Vaccination report Assam 1896-1927 - 1896-1927
Year: 1896
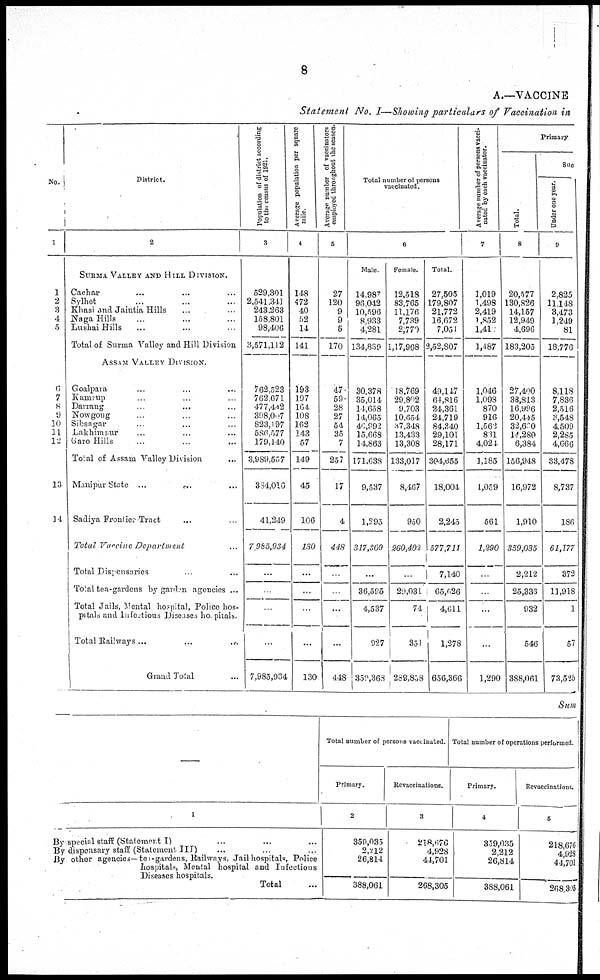
8
A.—VACCINE
Statement No. I—Showing particulars of Vaccination in
No.
1
1
2
3
4
5
6
7
8 9
10
11
12
13
14
District.
2
SURMA VALLEY AND HILL DIVISION.
Cachar ... ... ...
Sylhet ... ... ...
Khasi and Jaintia Hills ... ...
Naga Hills ... ... ...
Lushai Hills
... ... ...
Total of Surma Valley and Hill Division
ASSAM VALLEY DIVISION.
Goalpara ... ... ...
Kamrup ... ... ...
Darrang ... ... ...
Nowgong ... ... ...
Sibsagar ... ... ...
Lakhimpur ... ... ...
Garo Hills ... ... ...
Total of Assam Valley Division ...
Manipur State ...
... ...
Sadiya Frontier Tract
...
Total Vaccine Department
Total Dispensaries
... ...
Total tea-gardens by garden agencies ...
Total Jails, Mental hospital, Police hos-
pitals and infectious Diseases hospitals.
Total Railways ...
...
...
Grand Total ...
Population of district according
to the census of 1921.
3
529,301
2,541,341
243,263
158,801
98,406
3,571,112
762,523
762,671
477,442
398,007
823,197
586,577
179,140
3,989,557
334,016
41,249
7,985,934
...
...
...
...
7,985,934
Average population per square
mile.
4
148
472
40
52
14
141
193
197
164
108
162
143
57
149
45
106
130
...
...
...
...
130
Average number of vaccinators
employed throughout the season
5
27
120
9
9
5
170
47
59
28
27
54
35
7
257
17
4
448
...
...
...
...
448
Total number of persons
vaccinated.
6
Male.
14,987
96,042
10,596
8,933
4,281
134,839
30,378
35,014
11,658
14,065
46,992
15,668
14,863
171,638
9,537
1,295
317,309
...
36,595
4,537
927
359,363
Female.
12,518
83,765
11,176
7,739
2,779
1,17,968
18,769
29,802
9,703
10,654
37,348
13,433
13,308
133,017
8,467
950
260,402
...
29,03l
74
351
289,858
Total.
27,505
179,807
21,772
16,672
7,051
2,52,807
49,147
64,816
24,361
24,719
84,340
29,101
28,171
304,655
18,004
2,245
577,711
7,140
65,626
4,611
1,278
656,366
Average number of persons vacci-
nated by each vaccinator.
7
1,019
1,498
2,419
1,852
1,41
1,487
1,046
1,098
870
916
1,562
881
4,024
1,185
1,059
561
1,290
...
...
...
...
1,290
Primary
Total.
8
20,577
130,826
14,157
12,949
4,696
183,205
27,400
38,813
16,996
20,415
32,620
14,280
6,384
156,948
16,972
1,910
359,035
2,212
25,336
932
546
388,061
Suc
Under one year.
9
2,825
11,148
3,473
1,249
81
18,776
8,118
7,836
2,516
3,548
4,509
2,285
4,666
33,478
8,737
186
61,177
372
11,918
1
57
73,525
Sum
1
By special staff (Statement I) ... ... ...
By dispensary staff (Statement III) ... ... ...
By other agencies— tea-gardens, Railways, Jail hospitals Police
hospital, Mental hospital and Infectious
Diseases hospitals.
Total ...
Total number of persons vaccinated.
Primary.
2
359,035
2,212
26,814
388,061
Revaccinations.
3
218,676
4,928
41,701
268,305
Total number of operations performed.
Primary.
4
359,035
2,212
26,814
388,061
Revaccinations.
5
218 676
4,928
44,701
268,395